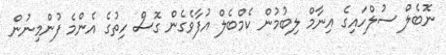
ނޮބެލް ސުލްހައިގެ އިނާމް ލިބުމުން ކެމްބެލް އުފާވެގެން ގޮސް ހިތުގެ އެންމެ ފުންމިނުން